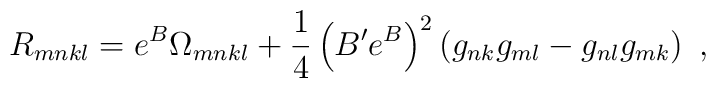
R_{mnkl}=e^B\Omega_{mnkl} +\frac{1}{4}\left(B'e^B\right)^2\left(g_{nk}g_{ml}-g_{nl}g_{mk}\right)~,